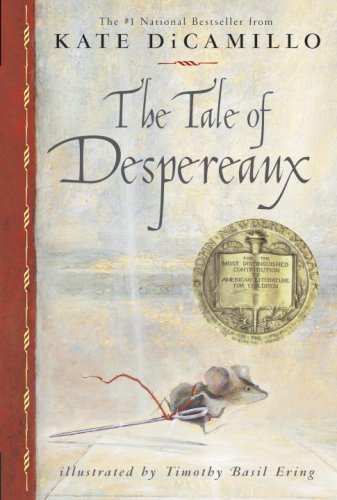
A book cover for The Tale of Despereaux: Being the Story of a Mouse, a Princess, Some Soup and a Spool of Thread; Kate DiCamillo; Children's Books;